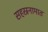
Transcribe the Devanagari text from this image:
सहस्रनामात